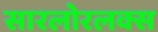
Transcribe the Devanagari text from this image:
सारलोरलक्स